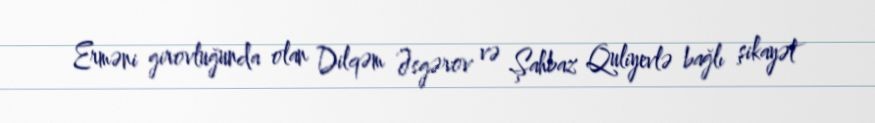
Erməni girovluğunda olan Dilqəm Əsgərov və Şahbaz Quliyevlə bağlı şikayət